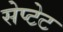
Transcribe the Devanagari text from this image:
सेप्टेट